Indian journal of veterinary science and animal husbandry - Volume 14,
Year: 1944
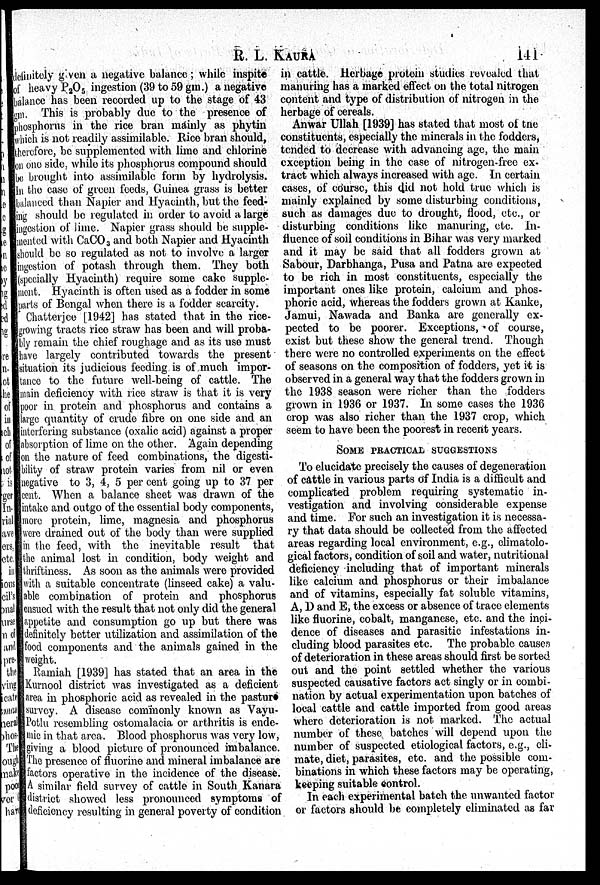
R. L.
KAURA
141
(definitely given a negative balance; while inspite
of heavy P 2 O 5 ingestion (39 to 59 gm.) a negative
balance has been recorded up to the stage of 43
gm. This is probably due to the presence of
phosphorus in the rice bran mainly as phytin
which is not readily assimilable. Rice bran should,
therefore, be supplemented with lime and chlorine
on one side, while its phosphorus compound should
be brought into assimilable form by hydrolysis.
In the case of green feeds, Guinea grass is better
balanced than Napier and Hyacinth, but the feed-
ing should be regulated in order to avoid a large
ingestion of lime. Napier grass should be supple-
mented with CaCO 3 and both Napier and Hyacinth
should be so regulated as not to involve a larger
ingestion of potash through them. They both
(specially Hyacinth) require some cake supple-
ment. Hyacinth is often used as a fodder in some
parts of Bengal when there is a fodder scarcity.
Chatterjee [1942] has stated that in the rice-
growing tracts rice straw has been and will proba-
bly remain the chief roughage and as its use must
have largely contributed towards the present
situation its judicious feeding is of much impor-
tance to the future well-being of cattle. The
main deficiency with rice straw is that it is very
poor in protein and phosphorus and contains a
large quantity of crude fibre on one side and an
interfering substance (oxalic acid) against a proper
absorption of lime on the other. Again depending
on the nature of feed combinations, the digesti-
bility of straw protein varies from nil or even
negative to 3, 4, 5 per cent going up to 37 per
cent. When a balance sheet was drawn of the
intake and outgo of the essential body components,
more protein, lime, magnesia and phosphorus
were drained out of the body than were supplied
in the feed, with the inevitable result that
the animal lost in condition, body weight and
thriftiness. As soon as the animals were provided
with a suitable concentrate (linseed cake) a valu-
able combination of protein and phosphorus
ensued with the result that not only did the general
appetite and consumption go up but there was
definitely better utilization and assimilation of the
food components and the animals gained in the
weight.
Ramiah [1939] has stated that an area in the
Kurnool district was investigated as a deficient
area in phosphoric acid as revealed in the pasture
survey. A disease commonly known as Vayu-
Potlu resembling ostomalacia or arthritis is ende-
mic in that area. Blood phosphorus was very low,
giving a blood picture of pronounced imbalance.
The presence of fluorine and mineral imbalance are
factors operative in the incidence of the disease.
A similar field survey of cattle in South Kanara
district showed less pronounced symptoms of
deficiency resulting in general poverty of condition
in cattle. Herbage protein studies revealed that
manuring has a marked effect on the total nitrogen
content and type of distribution of nitrogen in the
herbage of cereals.
Anwar Ullah [1939] has stated that most of tne
constituents, especially the minerals in the fodders,
tended to decrease with advancing age, the main
exception being in the case of nitrogen-free ex-
tract which always increased with age. In certain
cases, of course, this did not hold true which is
mainly explained by some disturbing conditions,
such as damages due to drought, flood, etc., or
disturbing conditions like manuring, etc. In-
fluence of soil conditions in Bihar was very marked
and it may be said that all fodders grown at
Sabour, Darbhanga, Pusa and Patna are expected
to be rich in most constituents, especially the
important ones like protein, calcium and phos-
phoric acid, whereas the fodders grown at Kanke,
Jamui, Nawada and Banka are generally ex-
pected to be poorer. Exceptions, of course,
exist but these show the general trend. Though
there were no controlled experiments on the effect
of seasons on the composition of fodders, yet it is
observed in a general way that the fodders grown in
the 1938 season were richer than the fodders
grown in 1936 or 1937. In some cases the 1936
crop was also richer than the 1937 crop, which
seem to have been the poorest in recent years.
SOME PRACTICAL SUGGESTIONS
To elucidate precisely the causes of degeneration
of cattle in various parts of India is a difficult and
complicated problem requiring systematic in-
vestigation and involving considerable expense
and time. For such an investigation it is necessa-
ry that data should be collected from the affected
areas regarding local environment, e.g., climatolo-
gical factors, condition of soil and water, nutritional
deficiency including that of important minerals
like calcium and phosphorus or their imbalance
and of vitamins, especially fat soluble vitamins,
A, D and E, the excess or absence of trace elements
like fluorine, cobalt, manganese, etc. and the inci-
dence of diseases and parasitic infestations in-
cluding blood parasites etc. The probable causes
of deterioration in these areas should first be sorted
out and the point settled whether the various
suspected causative factors act singly or in combi-
nation by actual experimentation upon batches of
local cattle and cattle imported from good areas
where deterioration is not marked. The actual
number of these batches will depend upon the
number of suspected etiological factors, e.g., cli-
mate, diet, parasites, etc. and the possible com-
binations in which these factors may be operating,
keeping suitable control.
In each experimental batch the unwanted factor
or factors should be completely eliminated as far